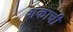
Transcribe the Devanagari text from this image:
शकाची